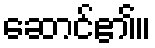
ဆောင်၏။